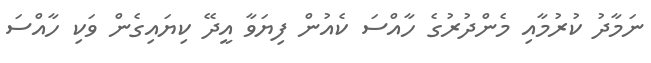
ނަމާދު ކުރުމާއި މެންދުރުގެ ހާއްސަ ކެއުން ފިޔަވާ އީދޭ ކިޔައިގެން ވަކި ހާއްސަ